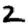
Digit: 2